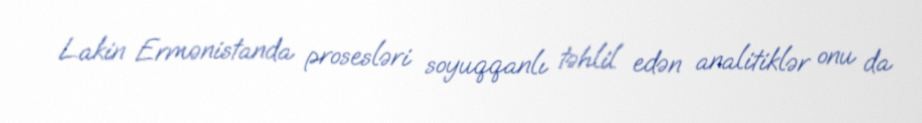
Lakin Ermənistanda prosesləri soyuqqanlı təhlil edən analitiklər onu da